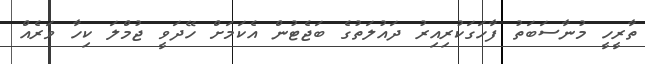
ތާރީހީ މުނާސަބަތު ފާހަގަކުރިއިރު ދައުލަތުގެ ބަޖެޓުން އެކަމަށް ހޭދަވީ ޖުމްލަ ކިހާ ވަރެއް